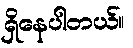
ရှိနေပါတယ်။